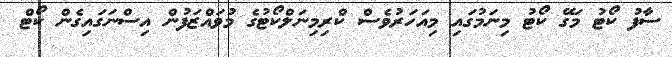
ސާފު ކޯޓު މަގޭ ކޯޓު މިނަމުގައި މިއަހަރުވެސް ކްރިމިނަލްކޯޓުގެ މުވައްޒަފުން އިސްނަގައިގެން ކޯޓް